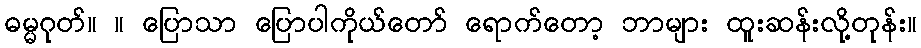
ဓမ္မဂုတ်။ ။ ပြောသာ ပြောပါကိုယ်တော် ရောက်တော့ ဘာများ ထူးဆန်းလို့တုန်း။